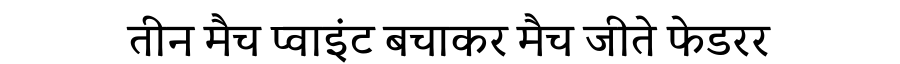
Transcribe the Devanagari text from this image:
तीन मैच प्वाइंट बचाकर मैच जीते फेडरर